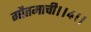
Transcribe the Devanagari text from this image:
गौतमाची।।४।।